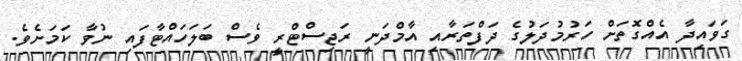
ގަވައިދާ އެއްގޮތަށް ހަރުމުދަލުގެ ދަފްތަރާއި އާމްދަނީ ރަޖިސްޓްރީ ވެސް ބަލަހައްޓާފައި ނުވާ ކަމަށެވެ.